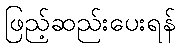
ဖြည့်ဆည်းပေးရန်